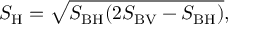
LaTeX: S _ { \mathrm { H } } = \sqrt { S _ { \mathrm { B H } } ( 2 S _ { \mathrm { B V } } - S _ { \mathrm { B H } } ) } ,